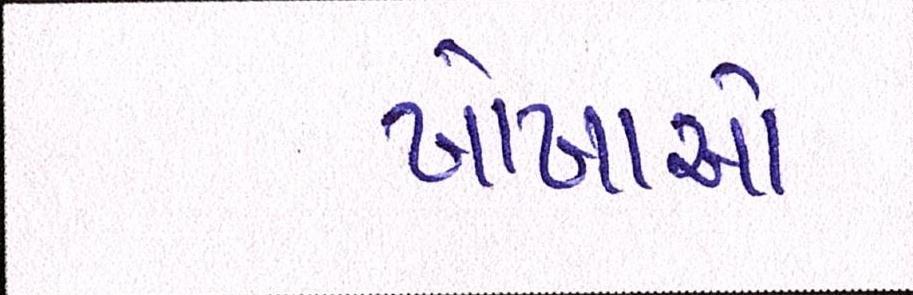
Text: ખોખાઓ